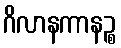
ဂိလာနကာနဉ္စ